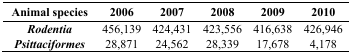
<table><thead><tr><td><b>Animal species</b></td><td><b>2006</b></td><td><b>2007</b></td><td><b>2008</b></td><td><b>2009</b></td><td><b>2010</b></td></tr></thead><tbody><tr><td><i>Rodentia</i></td><td>456,139</td><td>424,431</td><td>423,556</td><td>416,638</td><td>426,946</td></tr><tr><td><i>Psittaciformes</i></td><td>28,871</td><td>24,562</td><td>28,339</td><td>17,678</td><td>4,178</td></tr></tbody></table>